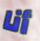
أنا